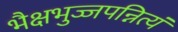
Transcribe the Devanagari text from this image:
भैक्षभुज्जपन्नित्यं